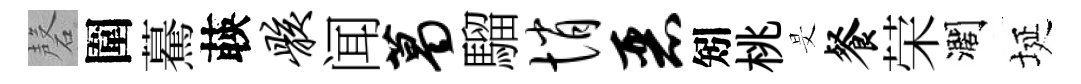
磬圍驀𦴤骸闻葛騮悄恶矧桃旻餐荣濶埏